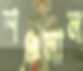
শঞ্চলাল